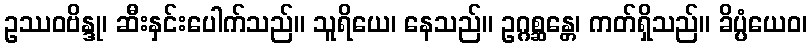
ဥဿဝဗိန္ဒု၊ ဆီးနှင်းပေါက်သည်။ သူရိယေ၊ နေသည်။ ဥဂ္ဂစ္ဆန္တေ၊ ကတ်ရှိသည်။ ခိပ္ပံယေဝ၊